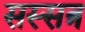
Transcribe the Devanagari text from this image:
सस्सत्र